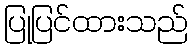
ပြုပြင်ထားသည်